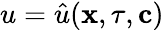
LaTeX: u=\hat{u}(\mathbf{x},\tau,\mathbf{c})